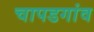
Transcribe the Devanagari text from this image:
चापडगांव